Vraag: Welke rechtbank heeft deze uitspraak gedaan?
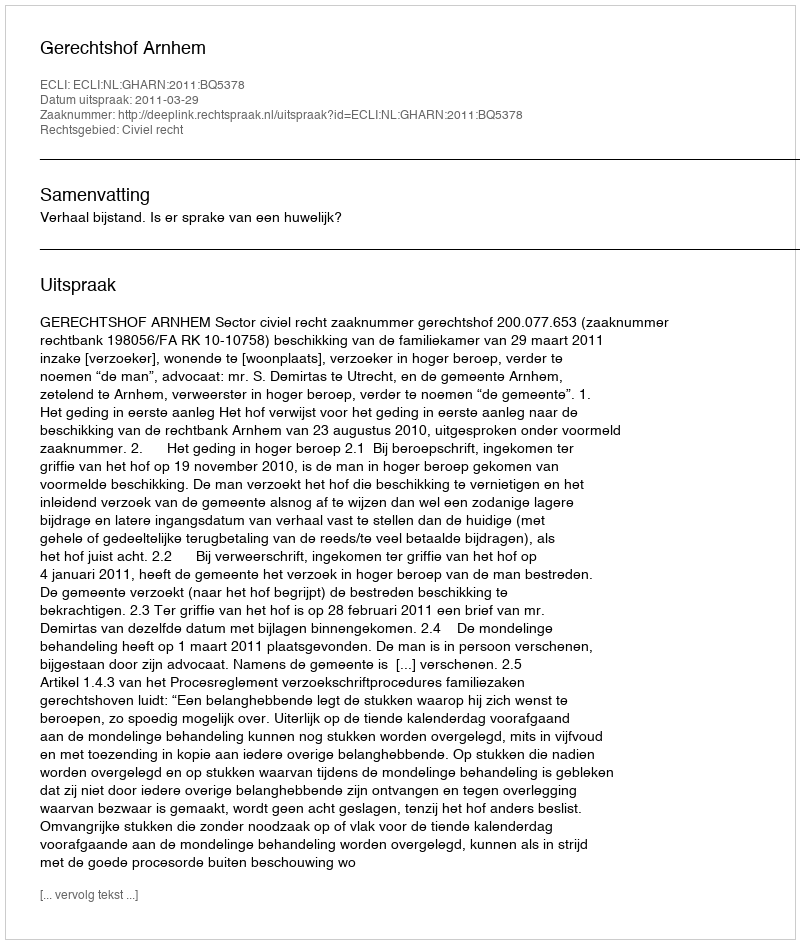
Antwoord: Gerechtshof Arnhem